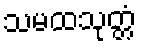
သမထသုတ္တံ